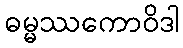
ဓမ္မဿကောဝိဒါ